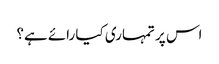
اس پر تمہاری کیا رائے ہے؟